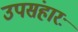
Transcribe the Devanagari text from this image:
उपसंहारः